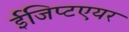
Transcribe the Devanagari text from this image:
ईजिप्टएयर